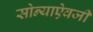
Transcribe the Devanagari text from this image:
सोन्याऐवजी